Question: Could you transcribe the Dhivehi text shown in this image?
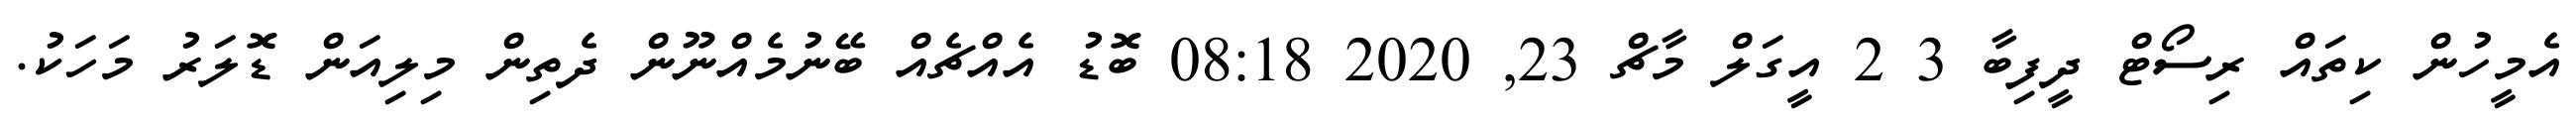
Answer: އެމީހުން ކިތައް ރިސޯޓް ދީފިބާ 3 2 އީގަލް މާޗް 23, 2020 08:18 ބޮޑު އެއްޗެއް ބޭނުމެއްނޫން ދެތިން މިލިއަން ޑޮލަރު މަހަކު.